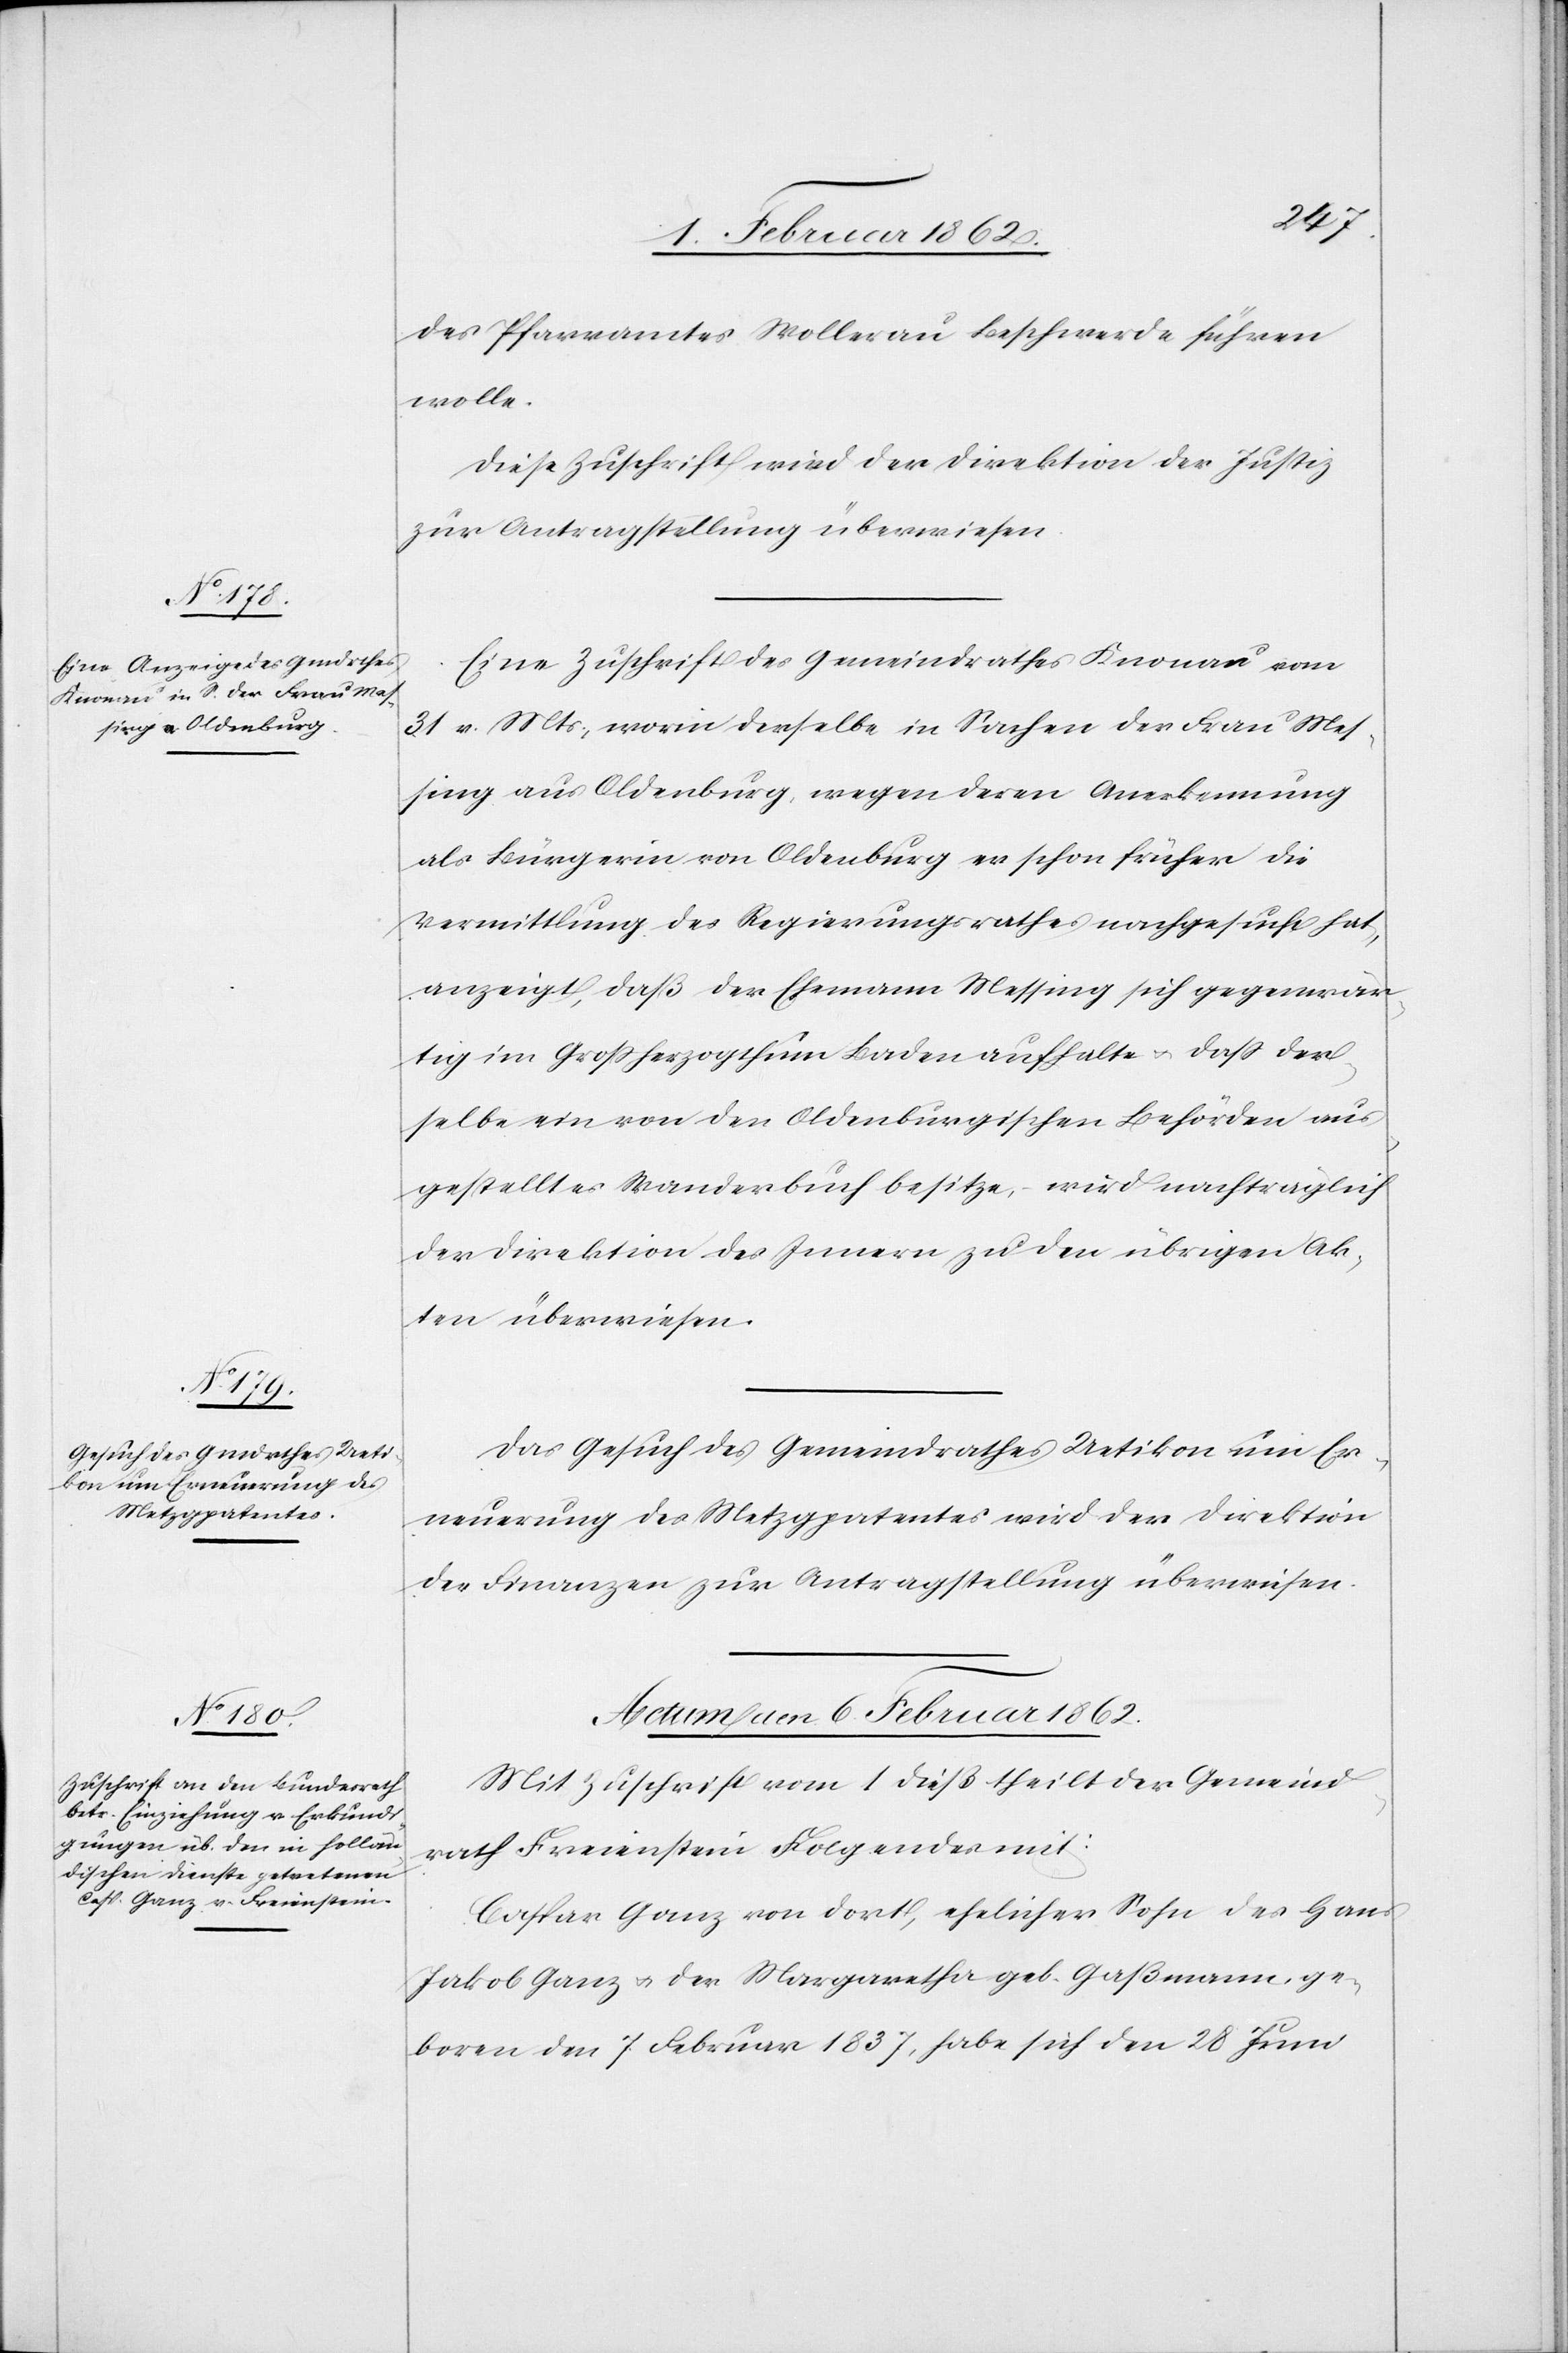
den
3. Februar 1862.]
des Pfarramtes Wollerau Beschwerde führen
wolle.
Diese Zuschrift wird der Direktion der Justiz
zur Antragstellung überwiesen.
Eine Zuschrift des Gemeindrathes Knonau vom
31 v. Mts., worin derselbe in Sachen der Frau Mes¬
sing aus Oldenburg, wegen deren Anerkennung
als Bürgerin von Oldenburg er schon früher die
Vermittlung des Regierungsrathes nachgesucht hat,
anzeigt, daß der Ehemann Messing sich gegenwär¬
tig im Großherzogthum Baden aufhalte u. daß der¬
selbe ein von den Oldenburgischen Behörden aus¬
gestelltes Wanderbuch besitze, wird nachträglich
der Direktion des Innern zu den übrigen Ak¬
ten überwiesen.
Das Gesuch des Gemeindrathes Uetikon um Er¬
neuerung des Metzgpatentes wird der Direktion
der Finanzen zur Antragstellung überwiesen.
Actum den 6. Februar 1862.
Mit Zuschrift vom 1 dieß theilt der Gemeind¬
rath Freienstein Folgendes mit:
Caspar Ganz von dort, ehelicher Sohn des Hans
Jakob Ganz u. der Margaretha geb. Gaßmann, ge¬
boren den 7 Februar 1837, habe sich den 28 Juni